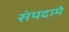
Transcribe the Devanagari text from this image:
संपदामे